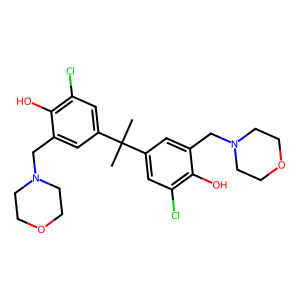
SMILES: CC(C)(c1cc(Cl)c(O)c(CN2CCOCC2)c1)c1cc(Cl)c(O)c(CN2CCOCC2)c1
Inhibits HIV replication: No